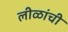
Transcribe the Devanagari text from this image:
लीळांची